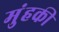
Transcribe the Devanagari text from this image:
मुंहकी